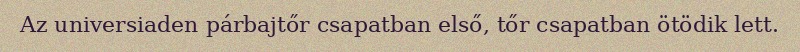
Az universiaden párbajtőr csapatban első, tőr csapatban ötödik lett.